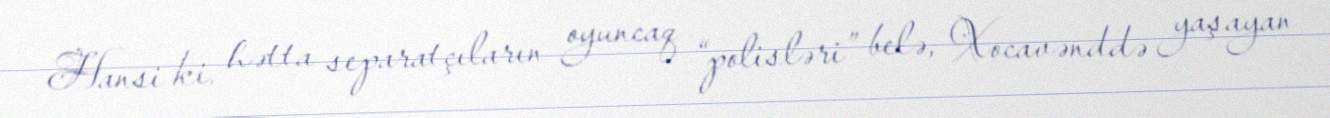
Hansi ki, hətta separatçıların oyuncaq “polisləri” belə, Xocavənddə yaşayan